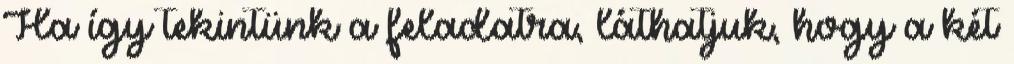
Ha így tekintünk a feladatra, láthatjuk, hogy a két